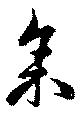
余